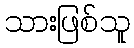
သားဖြစ်သူ